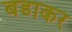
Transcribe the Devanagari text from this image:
बडाकर